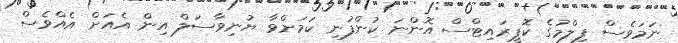
ނަމަވެސް ފިލްމުގެ ކޮޕީރައިޓްސް އޮންނަ ކުންފުނި ކަމަށްވާ ޔުނިވާސަލް އިން އެއަށް އެއްވެސް